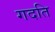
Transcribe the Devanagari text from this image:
गदति